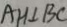
A H \bot B C